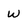
Character: W